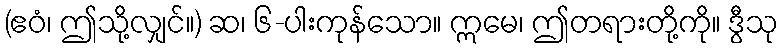
(ဧဝံ၊ ဤသို့လျှင်။) ဆ၊ ၆-ပါးကုန်သော။ ဣမေ၊ ဤတရားတို့ကို။ ဒွီသု